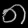
Digit: ၈